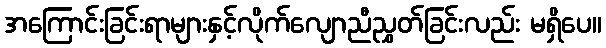
အကြောင်းခြင်းရာများနှင့်လိုက်လျောညီညွှတ်ခြင်းလည်း မရှိပေ။